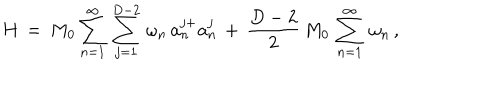
H \, = \, M _ { 0 } \sum _ { n = 1 } ^ { \infty } \, \sum _ { j = 1 } ^ { D - 2 } \, \omega _ { n } \, a _ { n } ^ { j + } a _ { n } ^ { j } \, + \, \frac { D - 2 } { 2 } \, M _ { 0 } \, \sum _ { n = 1 } ^ { \infty } \, \omega _ { n } \, { , }